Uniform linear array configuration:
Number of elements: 32
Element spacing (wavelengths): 0.75
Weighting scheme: exponential
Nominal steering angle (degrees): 30
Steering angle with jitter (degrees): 29.331
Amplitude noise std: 0.05
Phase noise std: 0.05

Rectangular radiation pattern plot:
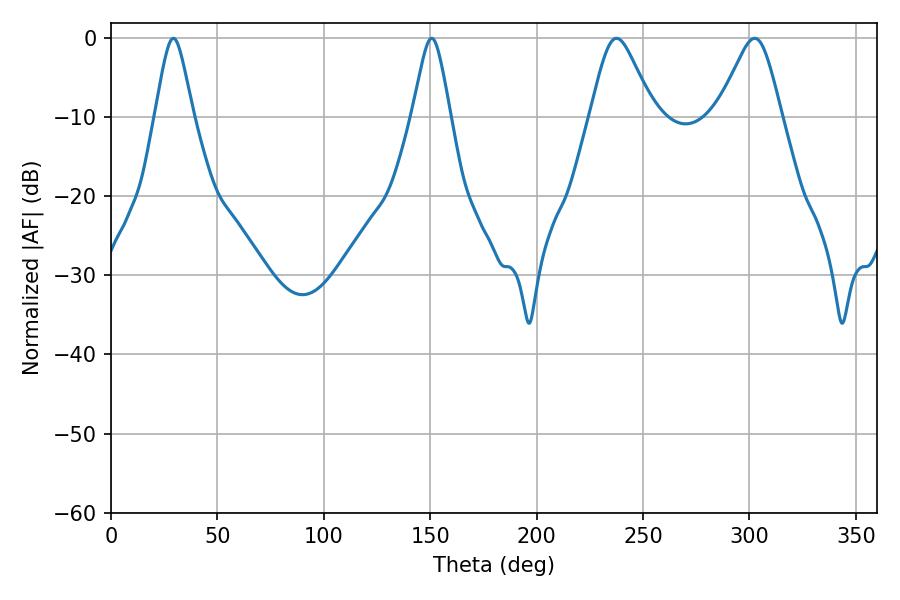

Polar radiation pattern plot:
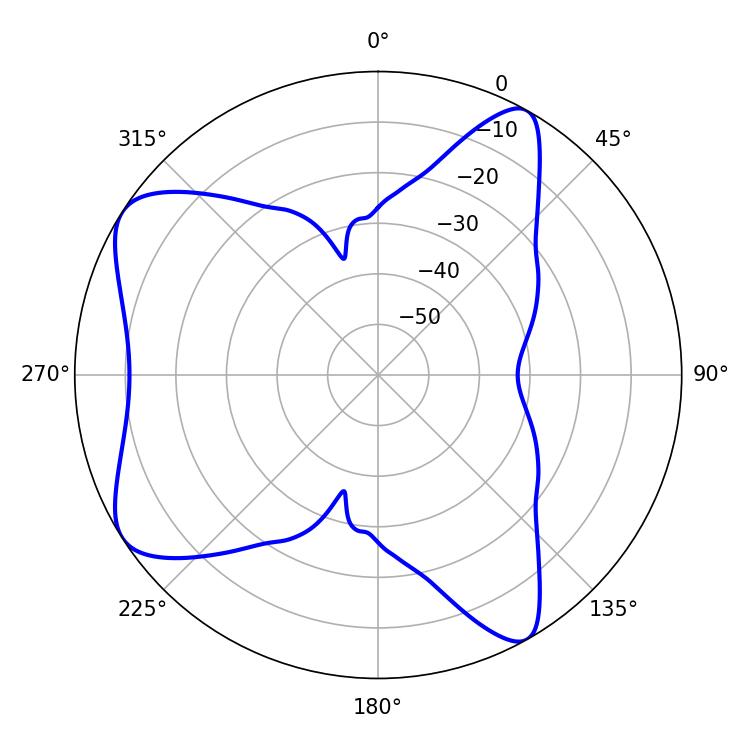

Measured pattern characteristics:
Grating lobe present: TRUE
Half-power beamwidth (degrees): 8.64
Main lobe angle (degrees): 29.34